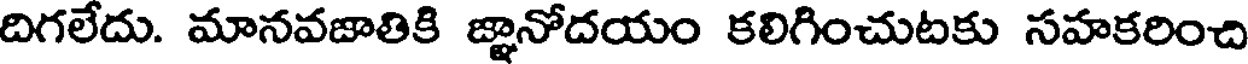
దిగలేదు. మానవజాతికి జ్ఞానోదయం కలిగించుటకు సహకరించి